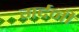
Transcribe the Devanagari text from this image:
गर्दनी